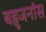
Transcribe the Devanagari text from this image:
बहुजनांस